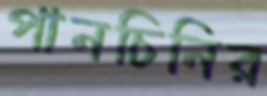
পানচিনির